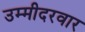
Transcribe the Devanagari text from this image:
उम्मीदरवार